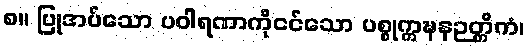
၈။ ပြုအပ်သော ပဝါရဏာကိုငင်သော ပစ္စုက္ကဍ္ဎနဉတ္တိကံ၊